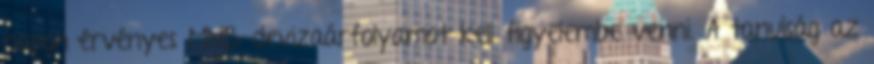
napon érvényes MNB-devizaárfolyamot kell figyelembe venni. A tanulság az